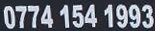
0774 154 1993